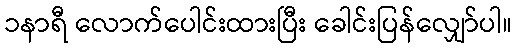
၁နာရီ လောက်ပေါင်းထားပြီး ခေါင်းပြန်လျှော်ပါ။